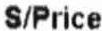
S/PRICE